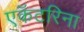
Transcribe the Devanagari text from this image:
एकॅटरिना